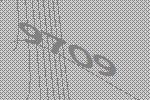
9709